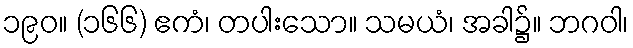
၁၉၀။ (၁၆၆) ဧကံ၊ တပါးသော။ သမယံ၊ အခါ၌။ ဘဂဝါ၊